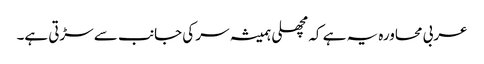
عربی محاورہ یہ ہے کہ مچھلی ہمیشہ سر کی جانب سے سڑتی ہے۔